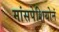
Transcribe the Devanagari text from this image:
मांसपेशियोनं